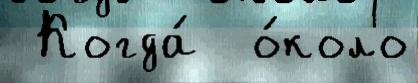
 Когда́  о́коло